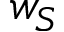
w _ { S }